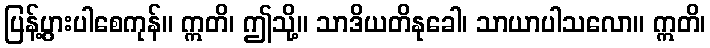
ပြန့်ပွားပါစေကုန်။ ဣတိ၊ ဤသို့။ သာဒိယတိနုခေါ၊ သာယာပါသလော။ ဣတိ၊